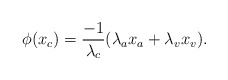
\begin{align*}\phi(x_c) = \frac{-1}{\lambda_c} (\lambda_ax_a + \lambda_v x_v).\end{align*}